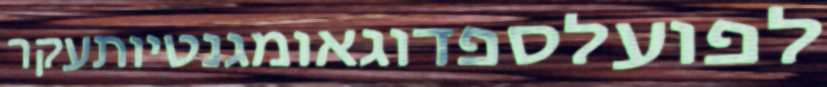
לפועלספדוגאומגנטיותעקר